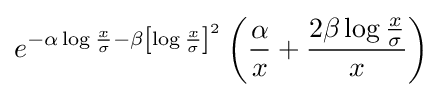
e^{-\alpha \log {\frac {x}{\sigma }}-\beta \left[\log {\frac {x}{\sigma }}\right]^{2}}\left({\frac {\alpha }{x}}+{\frac {2\beta \log {\frac {x}{\sigma }}}{x}}\right)